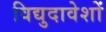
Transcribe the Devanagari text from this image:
विद्युदावेशों